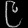
Digit: ၉